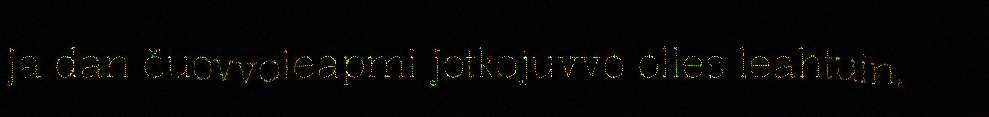
ja dan čuovvoleapmi jotkojuvvo olles leahtuin,